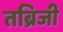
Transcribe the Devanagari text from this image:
तब्रिजी